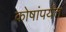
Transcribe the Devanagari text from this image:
कोषांपर्यंत